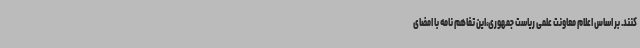
کنند. بر اساس اعلام معاونت علمی ریاست جمهوری،این تفاهم نامه با امضای